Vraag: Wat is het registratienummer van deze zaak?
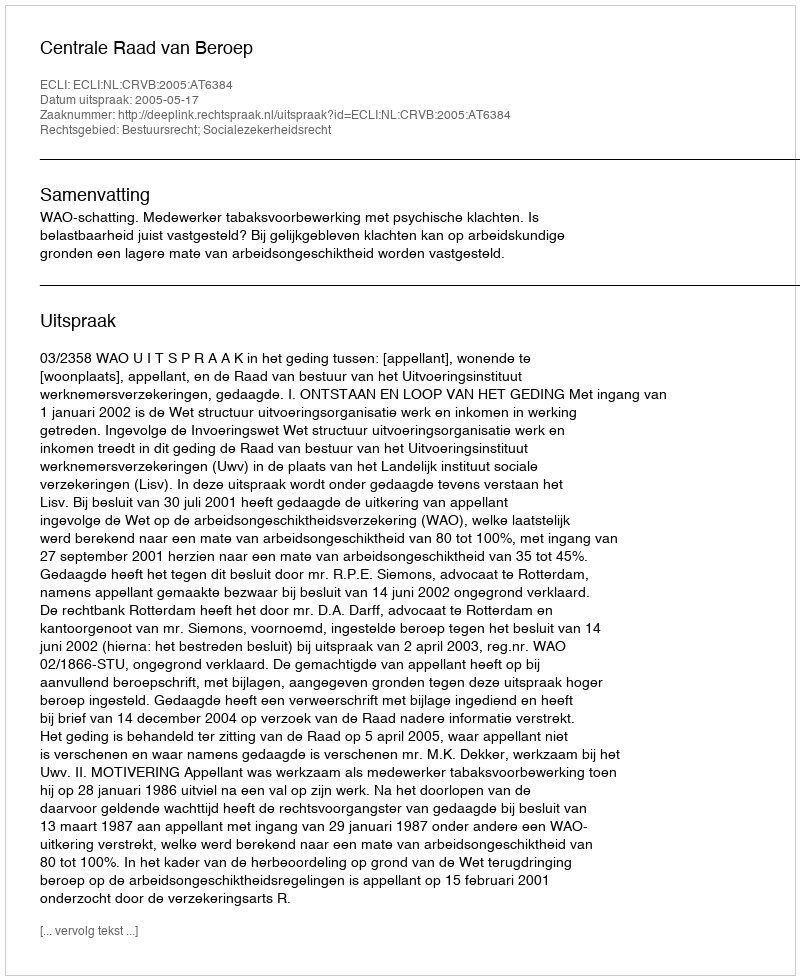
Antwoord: http://deeplink.rechtspraak.nl/uitspraak?id=ECLI:NL:CRVB:2005:AT6384